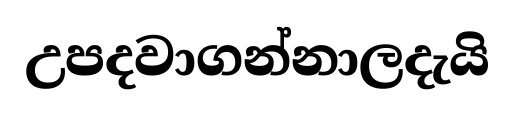
උපදවාගන්නාලදැයි